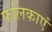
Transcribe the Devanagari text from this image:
फलिकाएं